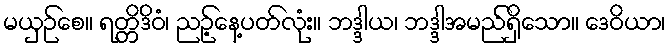
မယှဉ်စေ။ ရတ္တိဒိဝံ၊ ညဉ့်နေ့ပတ်လုံး။ ဘဒ္ဒါယ၊ ဘဒ္ဒါအမည်ရှိသော။ ဒေဝိယာ၊